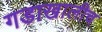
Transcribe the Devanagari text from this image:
गडाखालीच